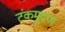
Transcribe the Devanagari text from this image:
टंकमुद्रण